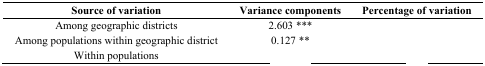
<table><thead><tr><td><b>Source of variation</b></td><td><b>Variance components</b></td><td><b>Percentage of variation</b></td></tr></thead><tbody><tr><td>Among geographic districts</td><td>2.603 ***</td><td>[EMPTY_CELL]</td></tr><tr><td>Among populations within geographic district</td><td>0.127 **</td><td>[EMPTY_CELL]</td></tr><tr><td>Within populations</td><td>[EMPTY_CELL]</td><td>[EMPTY_CELL]</td></tr></tbody></table>